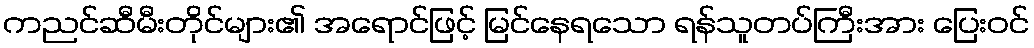
ကညင်ဆီမီးတိုင်များ၏ အရောင်ဖြင့် မြင်နေရသော ရန်သူတပ်ကြီးအား ပြေးဝင်